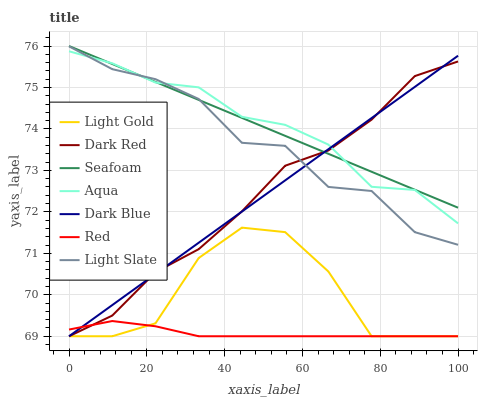
| xaxis_label | Light Gold | Dark Red | Seafoam | Aqua | Dark Blue | Red | Light Slate |
 | --- | --- | --- | --- | --- | --- | --- | --- |
 | 0 | 69 | 69 | 76 | 75.9 | 69 | 69.2 | 76 |
 | 11.1 | 69 | 69.5 | 75.6 | 75.6 | 69.8 | 69.4 | 75.4 |
 | 22.2 | 69.3 | 70.5 | 75.1 | 75.1 | 70.5 | 69.2 | 75.2 |
 | 33.3 | 70.9 | 71.1 | 74.7 | 75 | 71.3 | 69 | 74.7 |
 | 44.4 | 71.6 | 72 | 74.3 | 74.3 | 72 | 69 | 73.7 |
 | 55.6 | 71.5 | 73.1 | 73.8 | 74.1 | 72.8 | 69 | 73.6 |
 | 66.7 | 70.6 | 73.5 | 73.4 | 73.6 | 73.5 | 69 | 72.6 |
 | 77.8 | 69 | 74.2 | 73 | 72.6 | 74.3 | 69 | 72.5 |
 | 88.9 | 69 | 75.3 | 72.5 | 72.5 | 75 | 69 | 71.5 |
 | 100 | 69 | 75.6 | 72.1 | 71.7 | 75.8 | 69 | 71.2 |